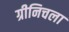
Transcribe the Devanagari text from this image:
ग्रीनिचला